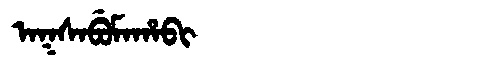
Manchu: ᠠᡴᠰᠠᠪᡠᠮᠠᡥᠠᠪᡳ
Romanization: AKSABUMAHABI